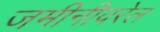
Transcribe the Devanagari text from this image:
जमीनीवरेल